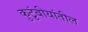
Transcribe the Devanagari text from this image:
कुटुंबीयांतील